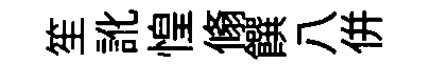
笙訛惶翛饌八併